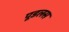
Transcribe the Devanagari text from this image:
पूडलस